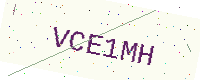
Text: VCE1MH